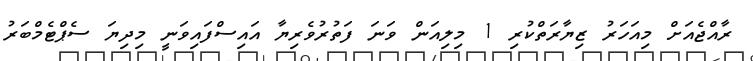
ރާއްޖެއަށް މިއަހަރު ޒިޔާރަތްކުރި 1 މިލިއަން ވަނަ ފަތުރުވެރިޔާ އައިސްފައިވަނީ މިދިޔަ ސެޕްޓެމްބަރު